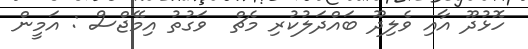
ހޮޅުދޫ އާއި ވެލިދޫ ބައްދަލުކުރި މެޗް  ވަގުތު އިމޭޖްސް : އަމީން